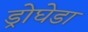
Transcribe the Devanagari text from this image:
ड्रोघेडा